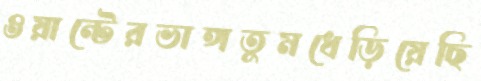
ওয়ান্টেরভাঙ্গতুমধেড়িয়েছি